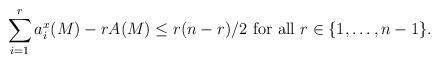
LaTeX: \begin{align*} \sum\limits_{i=1}^r a_i^x(M)-rA(M)\le r(n-r)/2 \mbox{ for all } r\in \{ 1,\ldots , n-1\}.\end{align*}